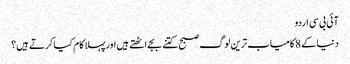
آئی بی سی اردو
دنیا کے 8 کامیاب ترین لوگ صبح کتنے بجے اٹھتے ہیں اورپہلا کام کیا کرتے ہیں؟